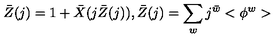
\bar { Z } ( j ) = 1 + \bar { X } ( j \bar { Z } ( j ) ) , \bar { Z } ( j ) = \sum _ { w } j ^ { \bar { w } } < \phi ^ { w } >